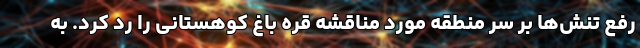
رفع تنش‌ها بر سر منطقه مورد مناقشه قره باغ کوهستانی را رد کرد. به